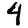
Digit: 4